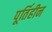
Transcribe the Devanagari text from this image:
पूर्तिहीन